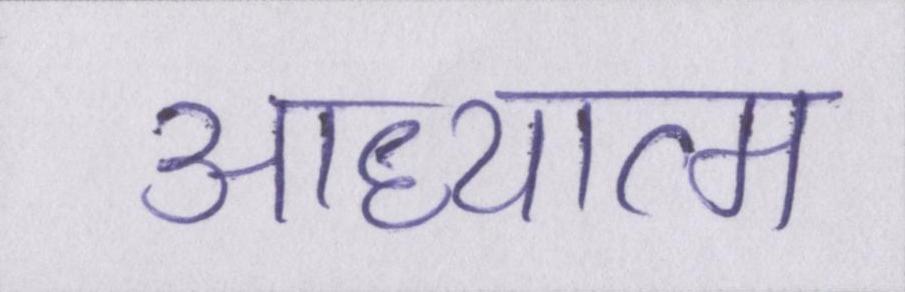
आध्यात्म